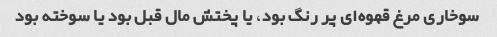
سوخاری مرغ قهوه‌ای پر رنگ بود، یا پختش مال قبل بود یا سوخته بود